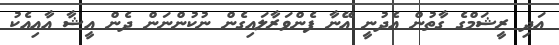
އަދި ރީޝަމްގެ ގާތުން އެދުނީ އޭނާ ފެންވަރާލައިގެން ނުކުންނަން ދެން އީޝާ އާއިއެކު